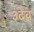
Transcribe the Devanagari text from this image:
३देव